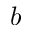
b